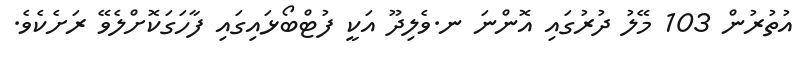
އުތުރުން 103 މޭލު ދުރުގައި އޮންނަ ނ.ވެލިދޫ އަކީ ފުޓްބޯޅައިގައި ފާހަގަކޮށްލެވޭ ރަށެކެވެ.